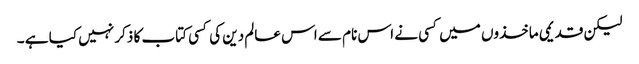
لیکن قدیمی ماخذوں میں کسی نے اس نام سے اس عالم دین کی کسی کتاب کا ذکر نہیں کیا ہے ۔